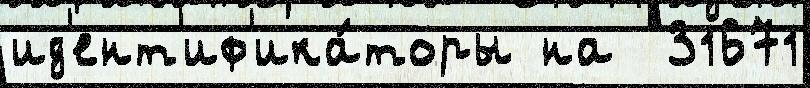
ид'ент'иф'ика́торы на  31671